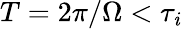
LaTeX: T=2\pi/\Omega<\tau_{\mathit{i}}